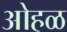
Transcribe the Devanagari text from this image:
ओहळ